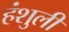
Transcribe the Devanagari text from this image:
हंशुली